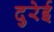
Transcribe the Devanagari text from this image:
दुरेई